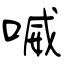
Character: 喴